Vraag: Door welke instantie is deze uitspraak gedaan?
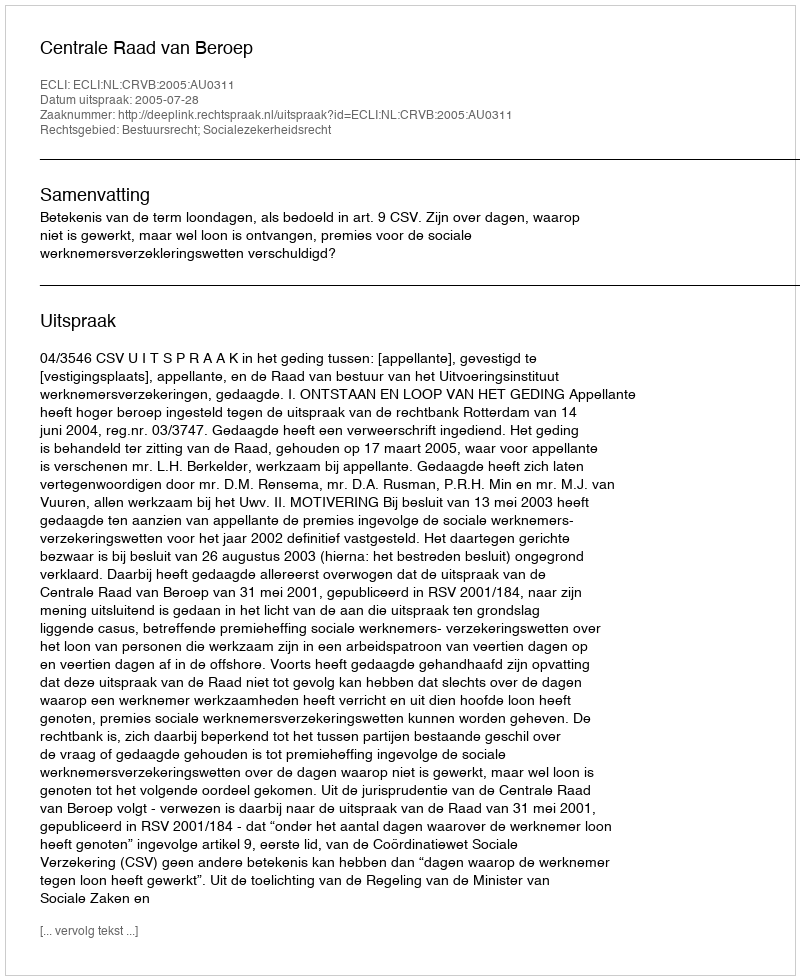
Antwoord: Centrale Raad van Beroep